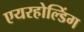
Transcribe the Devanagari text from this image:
एयरहोल्डिंग